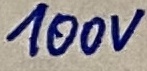
Text: 100V